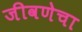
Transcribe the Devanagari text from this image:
जीवणेचा